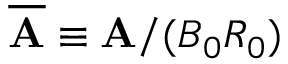
\overline { { \bf A } } \equiv { \bf A } / ( B _ { 0 } R _ { 0 } )